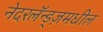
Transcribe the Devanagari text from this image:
नेदरलॅन्ड्ज़मधील